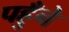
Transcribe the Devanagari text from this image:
पहुँने